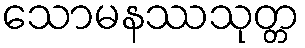
သောမနဿသုတ္တ